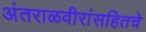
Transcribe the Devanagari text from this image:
अंतराळवीरांसहितचे